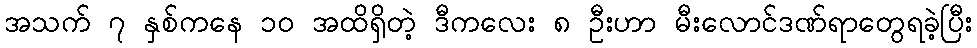
အသက် ၇ နှစ်ကနေ ၁၀ အထိရှိတဲ့ ဒီကလေး ၈ ဦးဟာ မီးလောင်ဒဏ်ရာတွေရခဲ့ပြီး